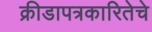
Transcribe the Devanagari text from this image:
क्रीडापत्रकारितेचे